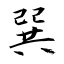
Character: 巽